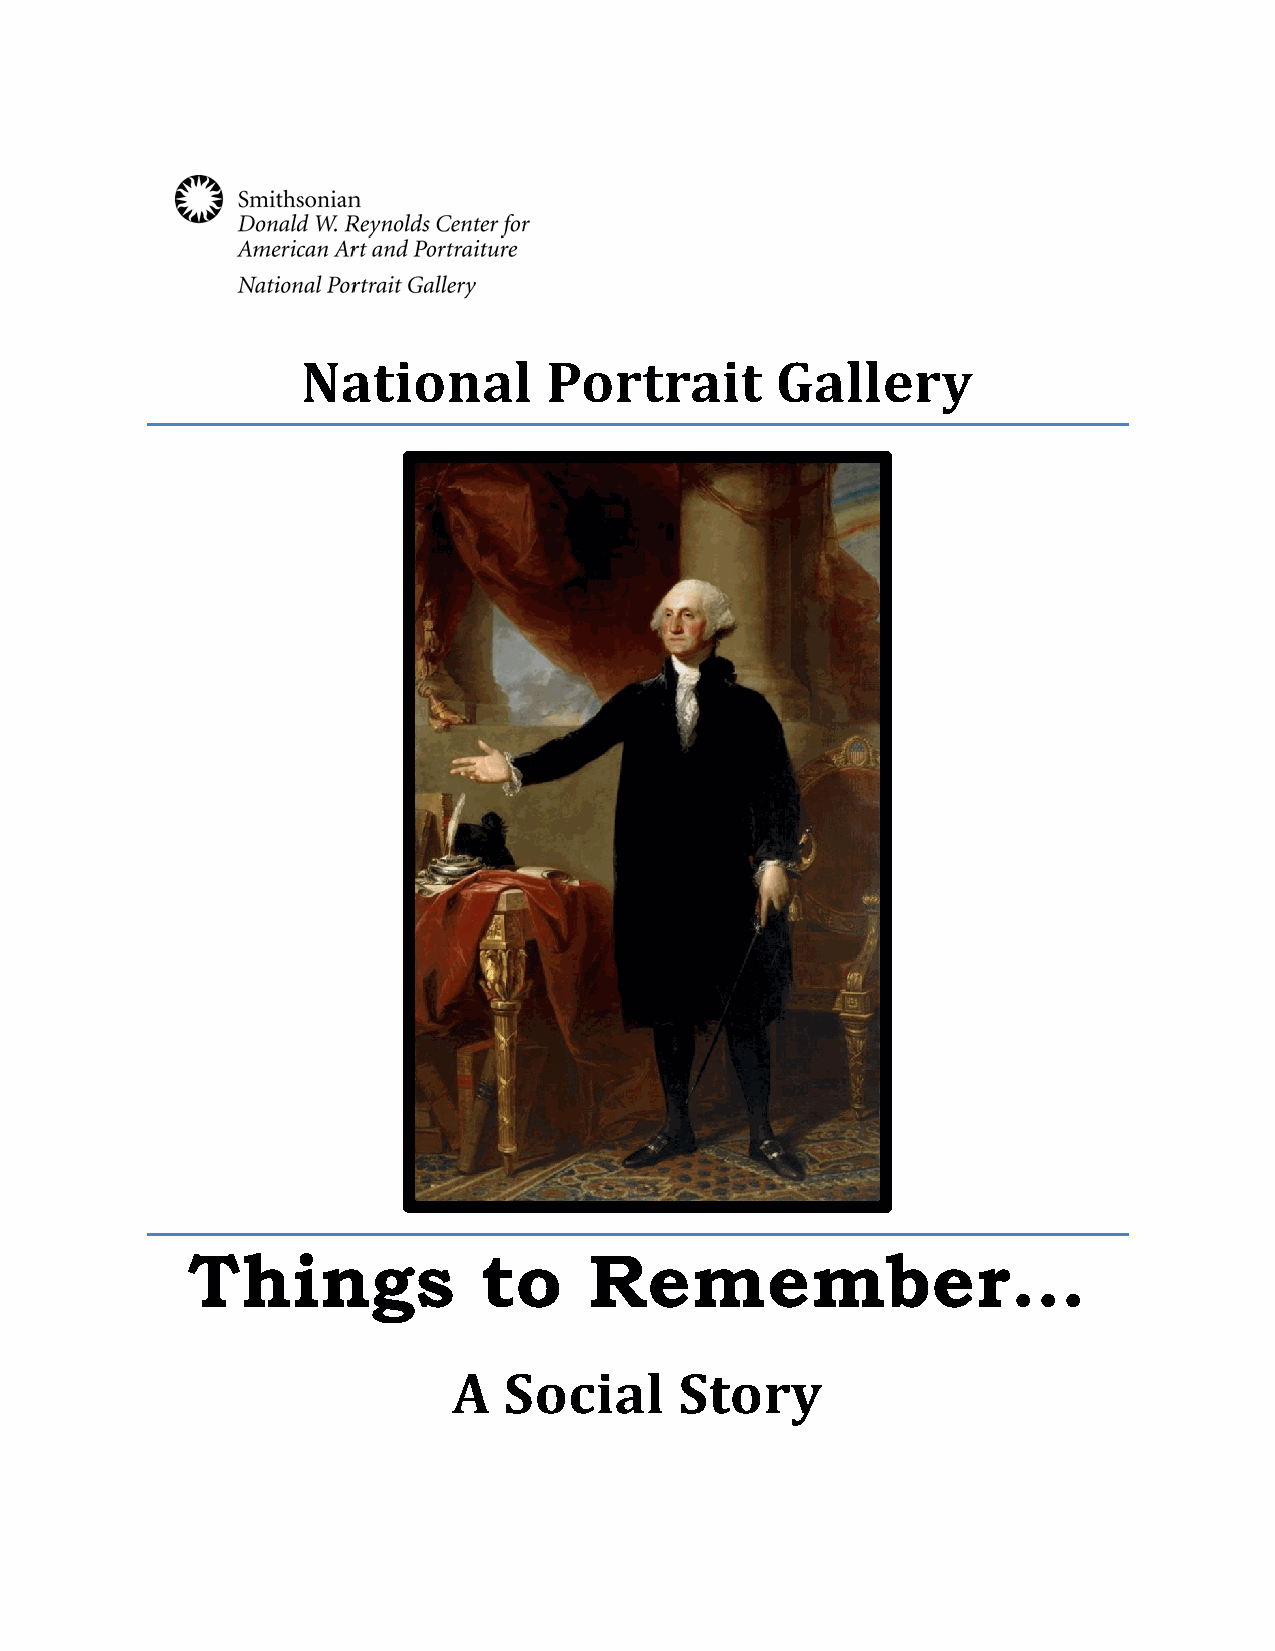
National        Portrait       Gallery
 Things              to     Remember…
 A  Social      Story